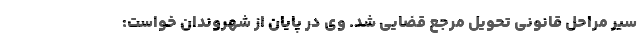
سیر مراحل قانونی تحویل مرجع قضایی شد. وی در پایان از شهروندان خواست: